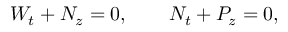
W _ { t } + N _ { z } = 0 , \qquad N _ { t } + P _ { z } = 0 ,